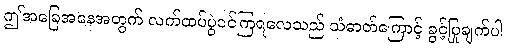
ဤအခြေအနေအတွက် လက်ထပ်ပွဲဝင်ကြရလေသည် သံဓာတ်ကြောင့် ခွင့်ပြုချက်ပါ